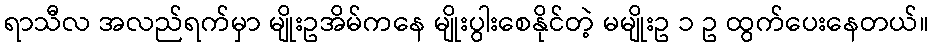
ရာသီလ အလည်ရက်မှာ မျိုးဥအိမ်ကနေ မျိုးပွါးစေနိုင်တဲ့ မမျိုးဥ ၁ ဥ ထွက်ပေးနေတယ်။